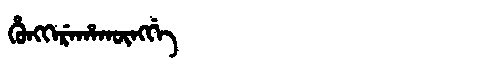
Manchu: ᡥᡠᠩᡴᡝᡵᡝᡥᠠᡴᡡᠩᡤᡝ
Romanization: HUNGKEREHAKŪNGGE